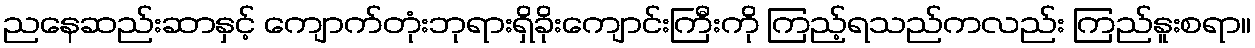
ညနေဆည်းဆာနှင့် ကျောက်တုံးဘုရားရှိခိုးကျောင်းကြီးကို ကြည့်ရသည်ကလည်း ကြည်နူးစရာ။